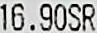
16.90SR